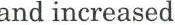
and increased